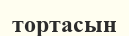
тортасын